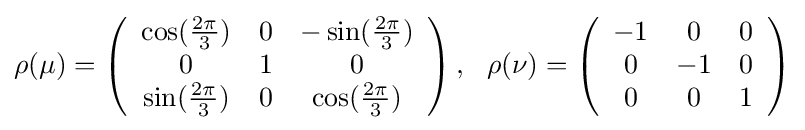
\rho (\mu )=\left({\begin{array}{ccc}\cos({\frac {2\pi }{3}})&0&-\sin({\frac {2\pi }{3}})\\0&1&0\\\sin({\frac {2\pi }{3}})&0&\cos({\frac {2\pi }{3}})\end{array}}\right),\,\,\,\,\rho (\nu )=\left({\begin{array}{ccc}-1&0&0\\0&-1&0\\0&0&1\end{array}}\right)